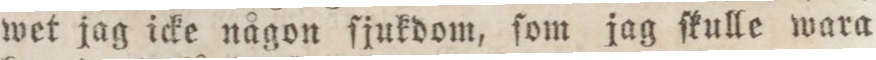
wet jag icke någon ſjukdom, ſom jag ſkulle wara